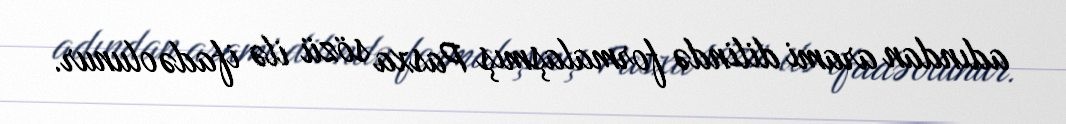
adından arami dilində formalaşmış Pasxa sözü ilə ifadə olunur.